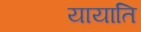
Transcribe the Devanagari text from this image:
यायाति